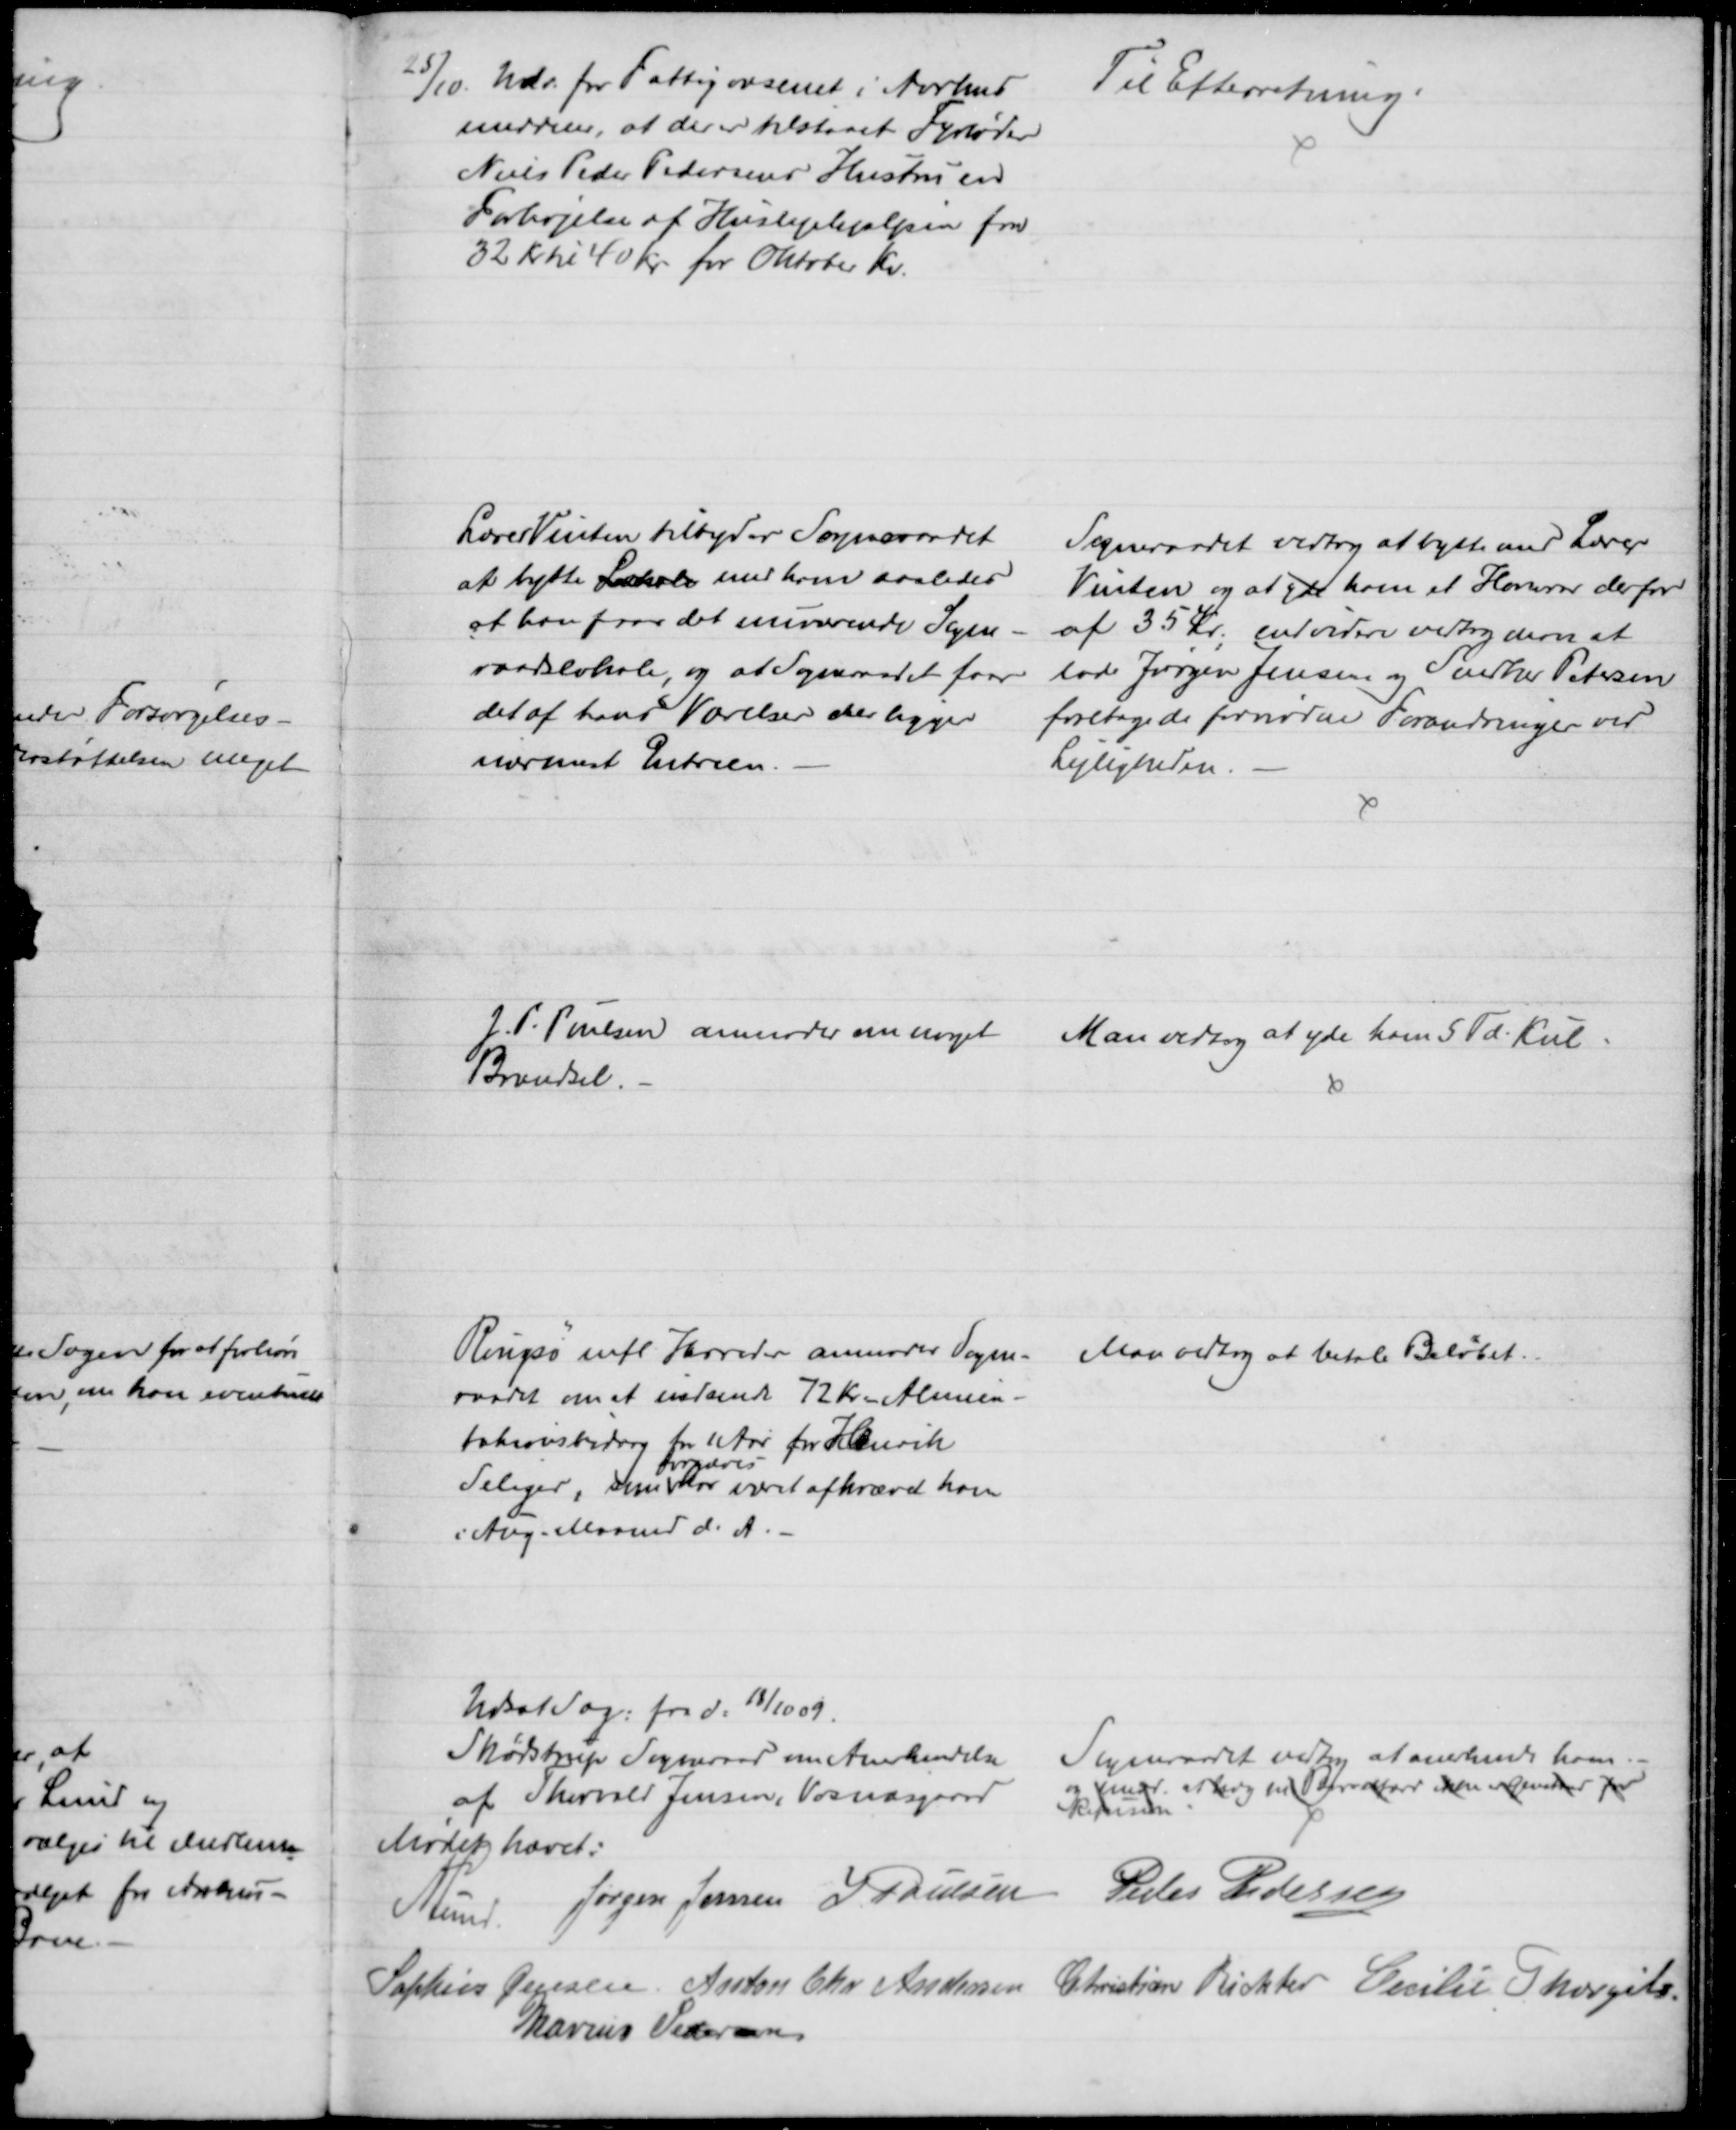
Transskription:
25/10. Udv. for Fattigvæsenet i Aarhus
meddeler, at der er tilstaaet Fyrbøder
Niels Peder Pedersens Hustru en
Forhøjelse af Huslejehjælpen fra
32 Kr til 40 Kr for Oktober Kv.
Til Efterretning.
Lærer Vinten tilbyder Sogneraadet
at bytte Lokale med ham saaledes
at han faar det nuværende Sogne-
raadslokale, og at Sogneraadet faar
det af hans Værelser der ligger
nærmest Entreen.
Sogneraadet vedtog at bytte med Lærer
Vinten og at yde ham et Honorar derfor
af 35 Kr. endvidere vedtog man at
lade Jørgen Jensen og Snedker Petersen
foretage de fornødne Forandringer ved
Lejligheden.
J. P. Poulsen anmoder om noget 
Brændsel.
Man vedtog at yde ham 5 Td. Kul.
Rougsø mfl. Herreder anmoder Sogne-
raadet om at indsende 72 Kr. Alimen-
tationsbidrag for 1 Aar for Henrik
Seliger, som
forgæves
har været afkrævet ham
i Aug. Maaned d. A.
Man vedtog at betale Beløbet.
Udsat Sag: fra d. 18/10 09.
Skødstrup Sogneraad om Anerkendelse
af Thorvald Jensen, Vosnæsgaard
Sogneraadet vedtog at anerkende ham.
og medd. at  en  ikke er Genstand for
Refusion
Mødet hævet.
A. Lund
Jørgen Jensen J. Poulsen
Peder Pedersen
Sophus Jensen Anton Chr. Andersen Christian Richter Cecilie Thorgils
Marius Pedersen